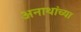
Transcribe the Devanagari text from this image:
अनाथांच्या